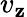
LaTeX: v_{\mathbf{z}}